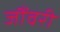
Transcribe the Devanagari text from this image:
जौंवरी